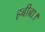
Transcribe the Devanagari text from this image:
हबीबा।